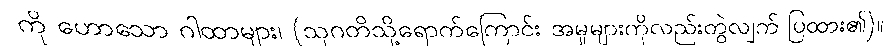
ကို ဟောသော ဂါထာများ၊ (သုဂတိသို့ရောက်ကြောင်း အမှုများကိုလည်းတွဲလျက် ပြထား၏)။